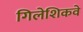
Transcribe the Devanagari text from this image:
गिलेशिकवे